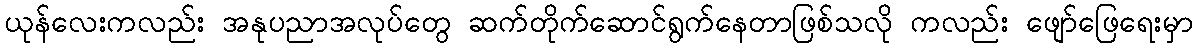
ယုန်လေးကလည်း အနုပညာအလုပ်တွေ ဆက်တိုက်ဆောင်ရွက်နေတာဖြစ်သလို ကလည်း ဖျော်ဖြေရေးမှာ